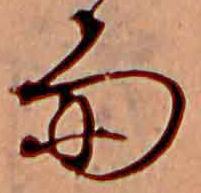
雨